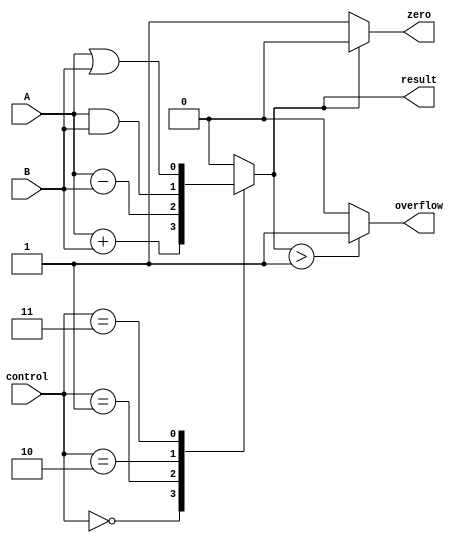
module ALU(
    input wire [0:0] A,
    input wire [0:0] B,
    input wire [2:0] control,
    output wire [0:0] result,
    output wire zero,
    output wire overflow
);

wire [0:0] sum;
wire [0:0] diff;
wire [0:0] and_result;
wire [0:0] or_result;

assign sum = A + B;
assign diff = A - B;
assign and_result = A & B;
assign or_result = A | B;

always @(*) begin
    case(control)
        3'b000: result = sum; // Addition
        3'b001: result = diff; // Subtraction
        3'b010: result = and_result; // AND
        3'b011: result = or_result; // OR
        default: result = 1'b0; // Default case
    endcase

    if(result == 0) begin
        zero = 1'b1; // Set zero flag if result is 0
    end else begin
        zero = 1'b0;
    end

    if(result > 1) begin
        overflow = 1'b1; // Set overflow flag if result is greater than 1
    end else begin
        overflow = 1'b0;
    end
end

endmodule